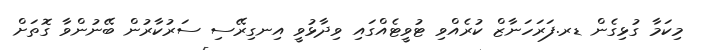
މިކަމާ ގުޅިގެން ޑރ.ފަރަހަނާޒް ކުރެއްވި ޓުވީޓެއްގައި ވިދާޅުވީ އިނގިރޭސި ސަރުކާރުން ބޭނުންވާ ގޮތަށް